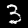
Label: 3